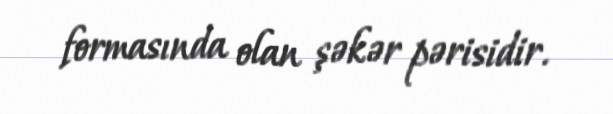
formasında olan şəkər pərisidir.